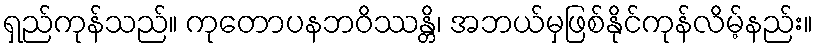
ရှည်ကုန်သည်။ ကုတောပနဘဝိဿန္တိ၊ အဘယ်မှဖြစ်နိုင်ကုန်လိမ့်နည်း။